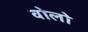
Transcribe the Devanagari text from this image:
वोलो